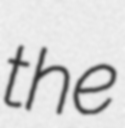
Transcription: the